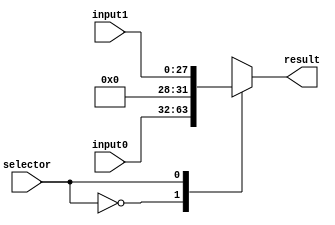
module Mux28
(
	input wire selector,
	input wire [31:0]input0,
	input wire [27:0]input1,
	output reg [31:0]result
);

	always @(*)
		begin
			case (selector)
				1'b0: 
					begin
						result <= input0;
					end
				1'b1:
					begin
						result <= {4'b0000, input1};
					end
				default:
					begin
						result <= 32'bxxxxxxxxxxxxxxxxxxxxxxxxxxxxxxxx;
					end
			endcase
		end

endmodule